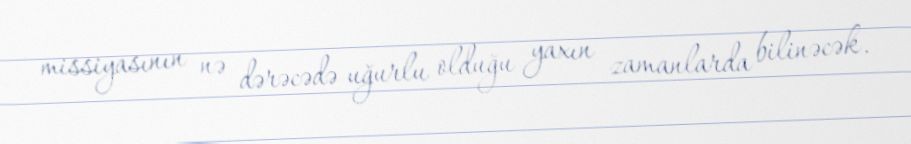
missiyasının nə dərəcədə uğurlu olduğu yaxın zamanlarda bilinəcək.